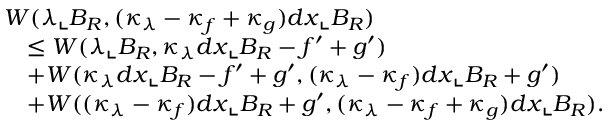
\begin{array} { r l } { \lefteqn { W ( \lambda \llcorner B _ { R } , ( \kappa _ { \lambda } - \kappa _ { f } + \kappa _ { g } ) d x \llcorner B _ { R } ) } } \\ & { \le W ( \lambda \llcorner B _ { R } , \kappa _ { \lambda } d x \llcorner B _ { R } - f ^ { \prime } + g ^ { \prime } ) } \\ & { + W ( \kappa _ { \lambda } d x \llcorner B _ { R } - f ^ { \prime } + g ^ { \prime } , ( \kappa _ { \lambda } - \kappa _ { f } ) d x \llcorner B _ { R } + g ^ { \prime } ) } \\ & { + W ( ( \kappa _ { \lambda } - \kappa _ { f } ) d x \llcorner B _ { R } + g ^ { \prime } , ( \kappa _ { \lambda } - \kappa _ { f } + \kappa _ { g } ) d x \llcorner B _ { R } ) . } \end{array}